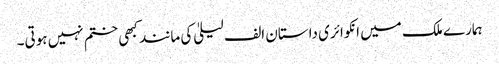
ہمارے ملک میں انکوائری داستان الف لیلیٰ کی مانند کبھی ختم نہیں ہوتی۔